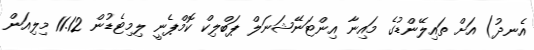
އެނދު) އަށް ތައިލޭންޑުގެ މައިނާ އިންޓަނޭޝަނަލް ޕަބްލިކް ކޮމްޕެނީ ލިމިޓެޑުން 11.12 މިލިއަން